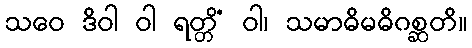
သဝေ ဒိဝါ ဝါ ရတ္တိံ ဝါ၊ သမာဓိမဓိဂစ္ဆတိ။